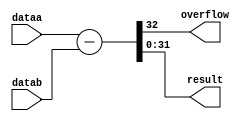
`define TRIG_WIDTH 5'b01010 //10;
`define PIPELINE_DEPTH_UPPER_LIMIT 10'b0100000000 //256;
`define ABSORB_ADDR_WIDTH 6'b010000 //16;
`define ABSORB_WORD_WIDTH 7'b01000000 //64;
`define WSCALE 22'b0111010100101111111111 //1919999;
//`define BIT_WIDTH 7'b0100000
//`define LAYER_WIDTH 6'b000011 
`define LEFTSHIFT 6'b000011         // 2^3=8=1/0.125 where 0.125 = CHANCE of roulette
`define INTCHANCE 32'b00100000000000000000000000000000 //Based on 32 bit rand num generator
`define MIN_WEIGHT 9'b011001000 
`define BIT_WIDTH 7'b0100000
`define LAYER_WIDTH 6'b000011
`define INTMAX 32'b01111111111111111111111111111111
`define INTMIN 32'b10000000000000000000000000000000
`define DIVIDER_LATENCY 6'b011110
`define FINAL_LATENCY 6'b011100
`define MULT_LATENCY 1'b1
`define ASPECT_RATIO 6'b000111
`define TOTAL_LATENCY 7'b0111100
//`define BIT_WIDTH 6'b100000
//`define LAYER_WIDTH 6'b000011
`define LOGSCALEFACTOR 6'b000101
`define MAXLOG 32'b10110001011100100001011111110111		//Based on 32 bit unsigned rand num generator
`define CONST_MOVE_AMOUNT 15'b110000110101000  //Used for testing purposes only
`define MUTMAX_BITS 6'b001111
//`define BIT_WIDTH 6'b100000
//`define LAYER_WIDTH 6'b000011
//`define INTMAX 32'b01111111111111111111111111111111
//`define INTMIN 32'b10000000000000000000000000000000
//`define BIT_WIDTH 7'b0100000
`define MANTISSA_PRECISION 6'b001010
`define LOG2_BIT_WIDTH 6'b000110
`define LOG2 28'b0101100010111001000010111111
`define NR 10'b0100000000             
`define NZ 10'b0100000000              
`define NR_EXP 5'b01000              //meaning `NR=2^`NR_exp or 2^8=256
`define RGRID_SCLAE_EXP 6'b010101    //2^21 = RGRID_SCALE
`define ZGRID_SCLAE_EXP 6'b010101    //2^21 = ZGRID_SCALE
//`define BIT_WIDTH 7'b0100000
`define BIT_WIDTH_2 8'b01000000
`define WORD_WIDTH 8'b01000000
`define ADDR_WIDTH 6'b010000          //256x256=2^8*2^8=2^16
`define DIV 6'b010100//20;
`define SQRT 5'b01010 //10;
`define LAT 7'b0100101 //DIV + SQRT + 7;
`define INTMAX_2 {32'h3FFFFFFF,32'h00000001}
//`define INTMAX 32'b01111111111111111111111111111111//2147483647;
//`define INTMIN 32'b10000000000000000000000000000001//-2147483647;
`define INTMAXMinus3 32'b01111111111111111111111111111100//2147483644;
`define negINTMAXPlus3 32'b10000000000000000000000000000100//-2147483644;
`define INTMAX_2_ref {32'h3FFFFFFF,32'hFFFFFFFF}
`define SIMULATION_MEMORY

module sub_32b (dataa, datab, overflow, result); 

	input [31:0] dataa;
	input [31:0] datab;
	output overflow;
	output [31:0] result;

	wire [32:0]computation; //one extra bit to account for overflow
	
	assign computation = dataa - datab;
	assign overflow = computation[32];
	assign result = computation[31:0];

endmodule